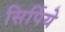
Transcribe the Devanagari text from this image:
सिर्पिये